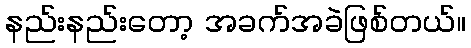
နည်းနည်းတော့ အခက်အခဲဖြစ်တယ်။